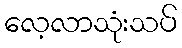
လေ့လာသုံးသပ်